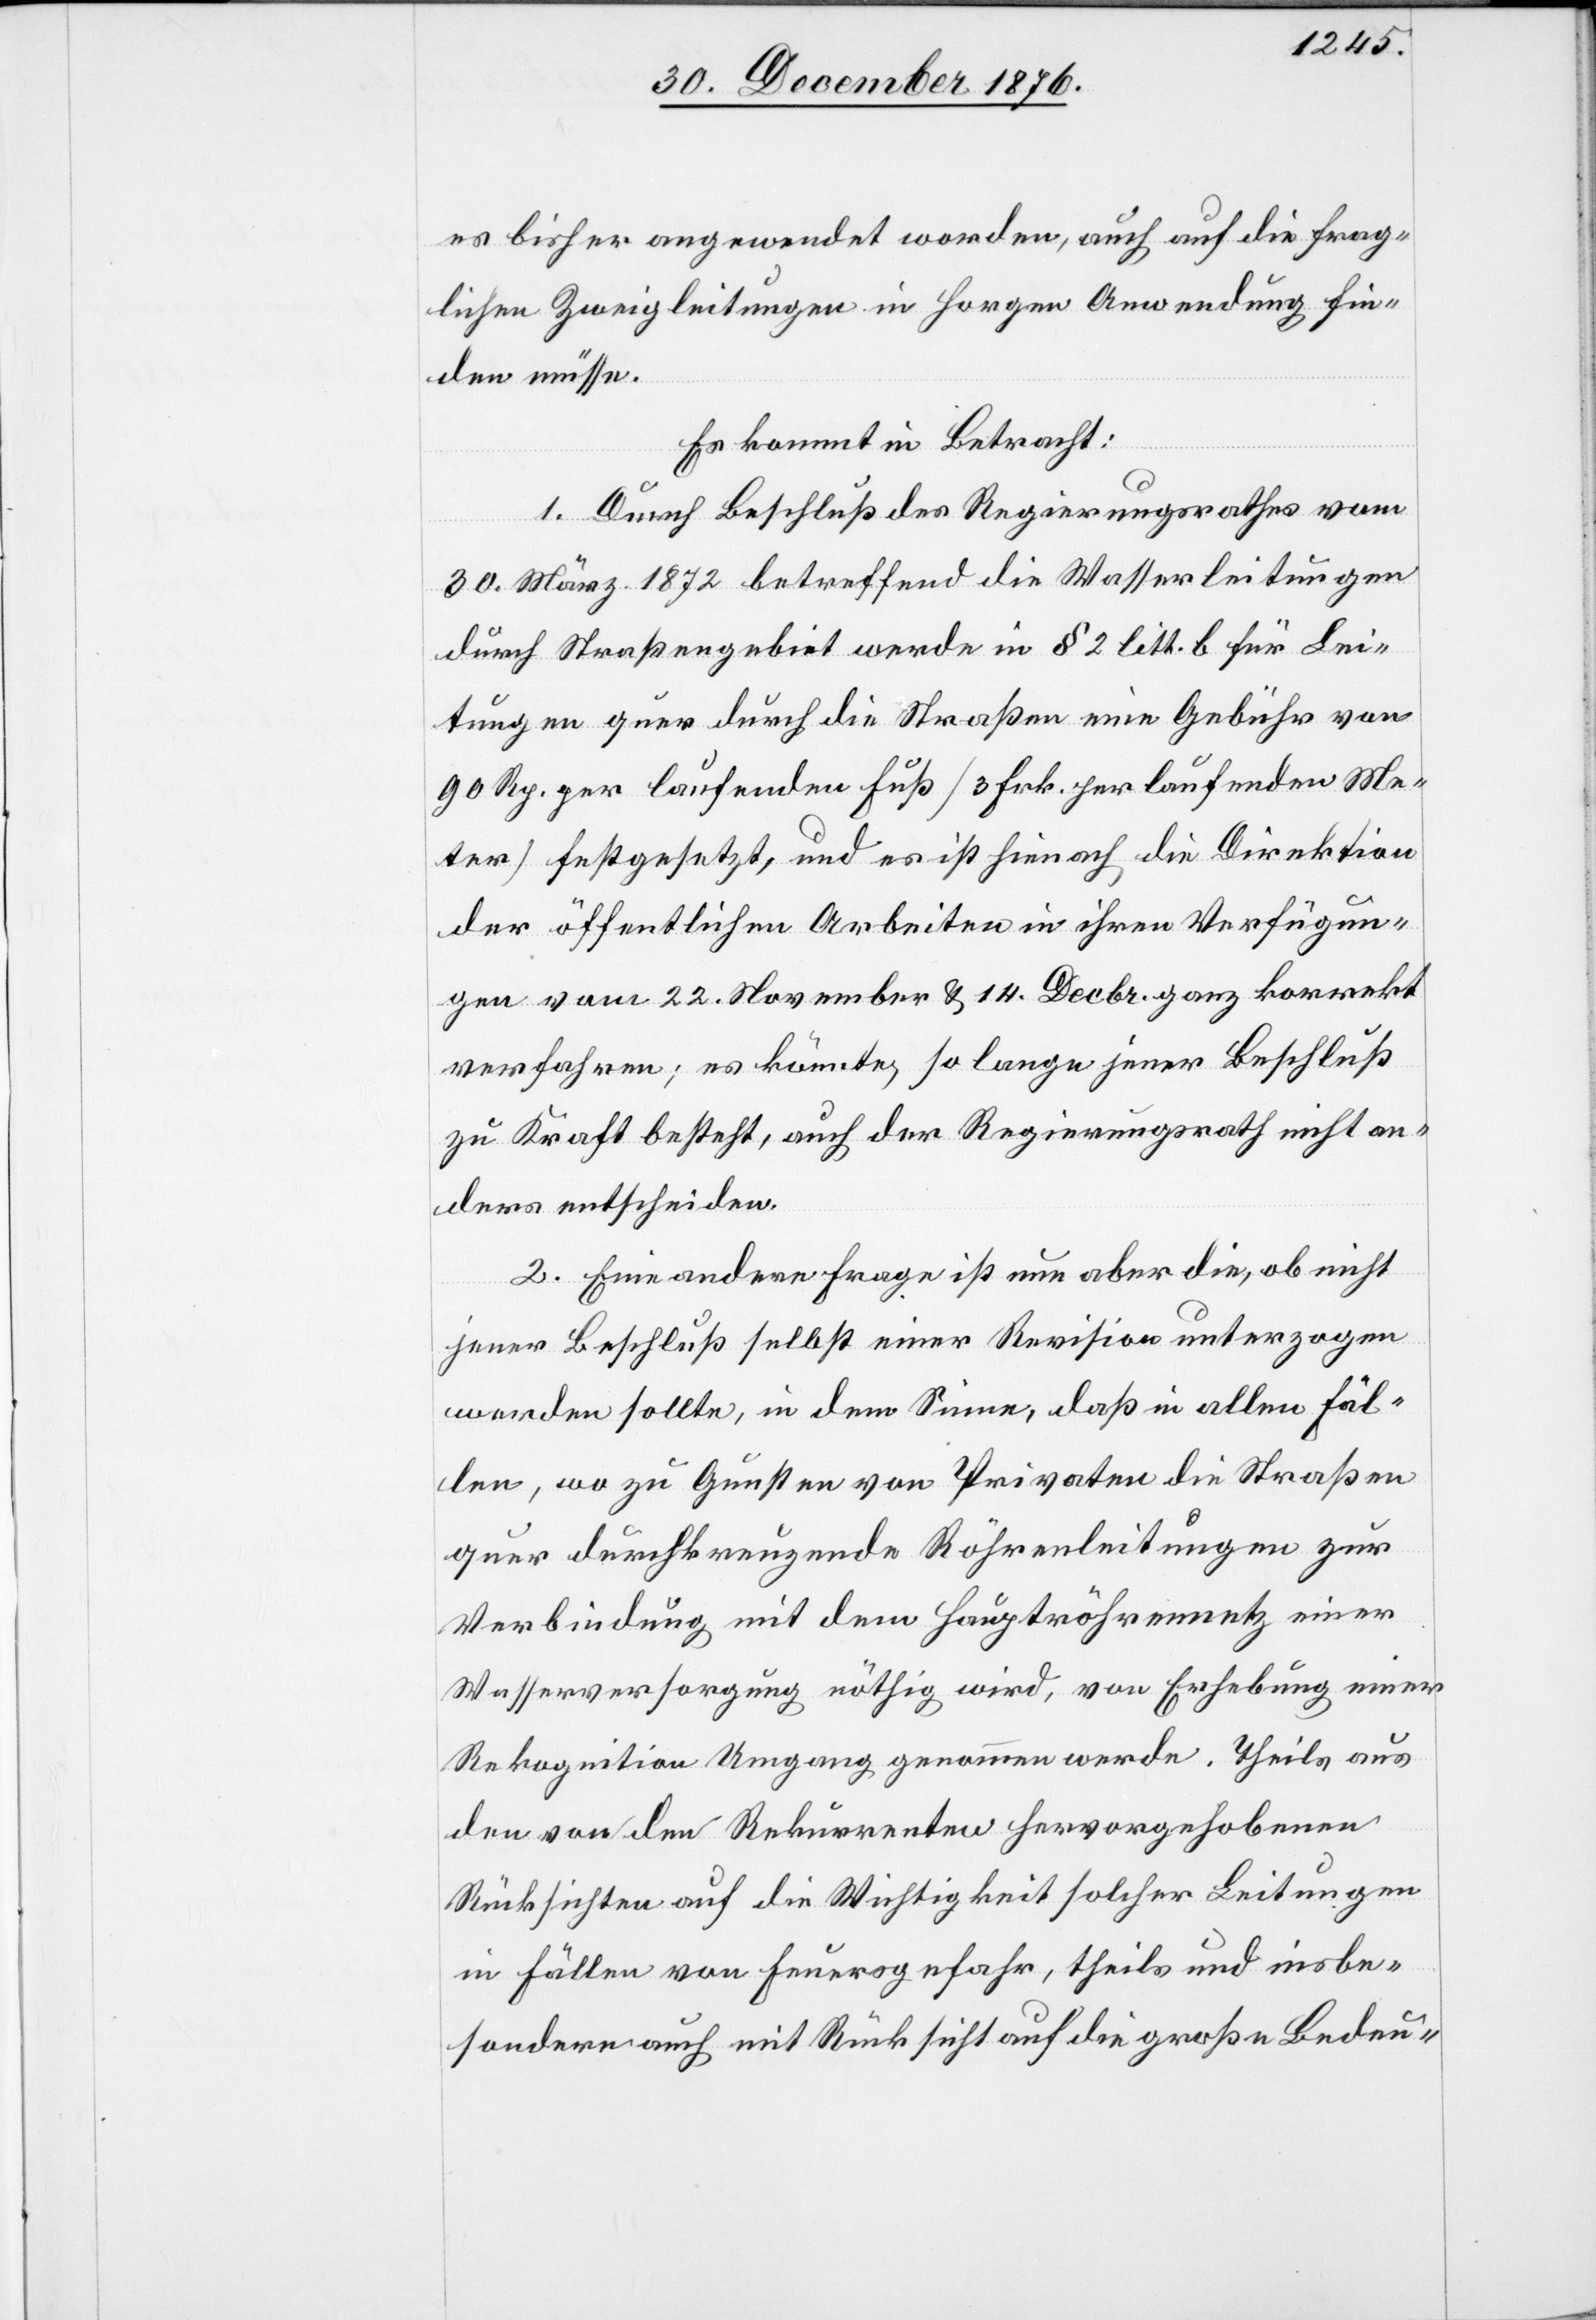
es bisher angewendet worden, auch auf die frag¬
lichen Zweigleitungen in Horgen Anwendung fin¬
den müsse.
Es kommt in Betracht:
1. Durch Beschluß des Regierungsrathes vom
30. März 1872 betreffend die Wasserleitungen
durch Straßengebiet werde in § 2 litt. b für Lei¬
tungen quer durch die Straßen eine Gebühr von
90 Rp. per laufenden Fuß [3 Frk. per laufenden Me¬
ter] festgesetzt, und es ist hienach die Direktion
der öffentlichen Arbeiten in ihren Verfügun¬
gen vom 22. November & 14. Decbr. ganz korrekt
verfahren; es könnte, so lange jener Beschluß
zu Kraft besteht, auch der Regierungsrath nicht an¬
deres entscheiden.
2. Eine andere Frage ist nun aber die, ob nicht
jener Beschluß selbst einer Revision unterzogen
werden wollte, in dem Sinne, daß in allen Fäl¬
len, wo zu Gunsten von Privaten die Straßen
quer durchkreuzende Röhrenleitungen zur
Verbindung mit dem Hauptröhrennetz einer
Wasserversorgung nöthig wird, von Erhebung einer
Rekognition Umgang genommen werde. Theils aus
den von den Rekurrenten hervorgehobenen
Rücksichten auf die Wichtigkeit solcher Leitungen
in Fällen von Feuersgefahr, theils und insbe¬
sondere auch mit Rücksicht auf die große Bedeu-